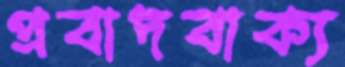
প্রবাদবাক্য